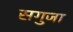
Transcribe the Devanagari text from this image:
सगुजा